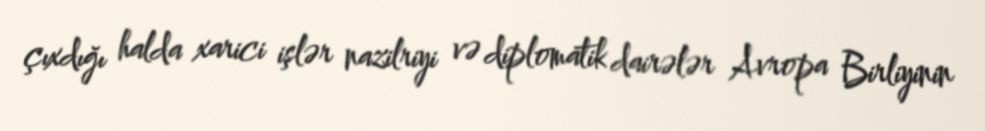
çıxdığı halda xarici işlər nazilriyi və diplomatik dairələr Avropa Birliyinin